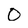
Character: 0